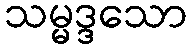
သမ္မဒ္ဒသော